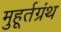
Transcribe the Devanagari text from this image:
मुहूर्तग्रंथ